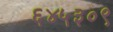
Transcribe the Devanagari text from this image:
६४५३०९